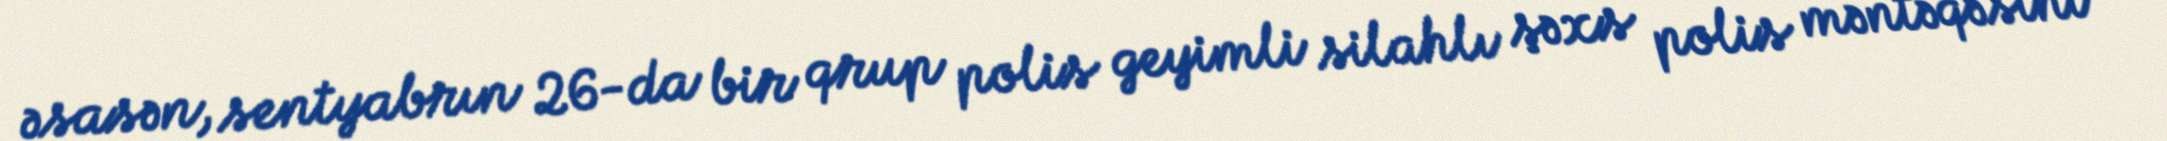
əsasən, sentyabrın 26-da bir qrup polis geyimli silahlı şəxs polis məntəqəsini